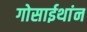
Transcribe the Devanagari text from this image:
गोसाईथांन